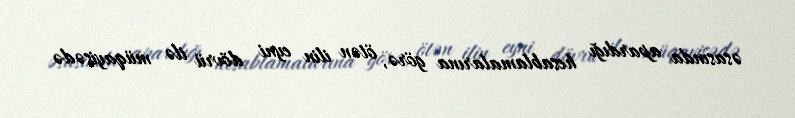
əsasında apardığı hesablamalarına görə, ötən ilin eyni dövrü ilə müqayisədə